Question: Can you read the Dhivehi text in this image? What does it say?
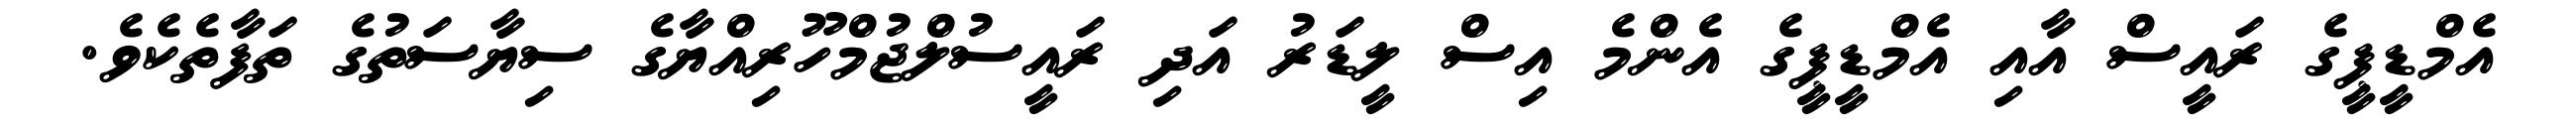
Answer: އެމްޑީޕީގެ ރައީސް އާއި އެމްޑީޕީގެ އެންމެ އިސް ލީޑަރު އަދި ރައީސުލްޖުމްހޫރިއްޔާގެ ސިޔާސަތުގެ ތަފާތެކެވެ.